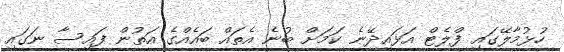
ހުޅުމާލޭގައި ފްލެޓް އަޅައިދޭނެ ކަމަށް ބުނެ އެތައް ބައެއްގެ އަތުން ފައިސާ ނަގައި